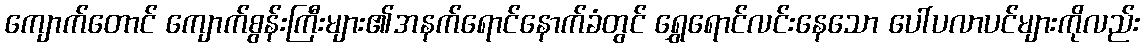
ကျောက်တောင် ကျောက်စွန်းကြီးများ၏အနက်ရောင်နောက်ခံတွင် ရွှေရောင်လင်းနေသော ပေါ်ပလာပင်များကိုလည်း